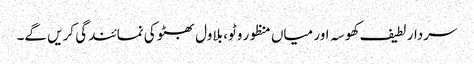
سردار لطیف کھوسہ اور میاں منظور وٹو، بلاول بھٹو کی نمائندگی کریں گے۔